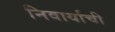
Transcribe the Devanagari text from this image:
निवार्याची